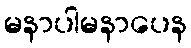
မနာပါမနာပေန